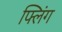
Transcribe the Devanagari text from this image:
फ्लिंग